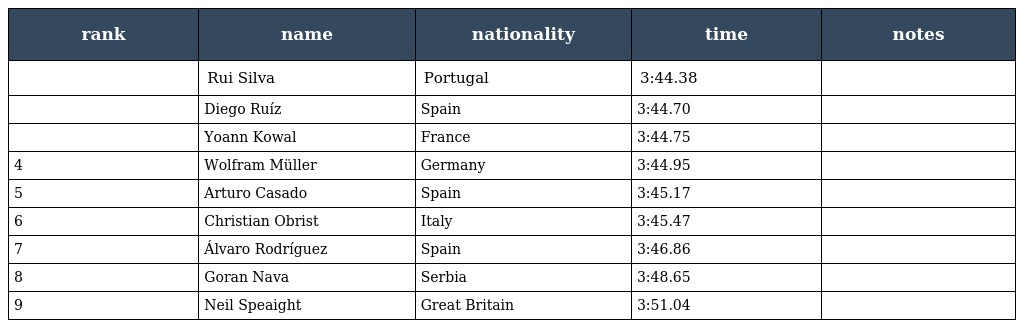
| rank | name | nationality | time | notes |
 | --- | --- | --- | --- | --- |
 |  | Rui Silva | Portugal | 3:44.38 |  |
 |  | Diego Ruíz | Spain | 3:44.70 |  |
 |  | Yoann Kowal | France | 3:44.75 |  |
 | 4 | Wolfram Müller | Germany | 3:44.95 |  |
 | 5 | Arturo Casado | Spain | 3:45.17 |  |
 | 6 | Christian Obrist | Italy | 3:45.47 |  |
 | 7 | Álvaro Rodríguez | Spain | 3:46.86 |  |
 | 8 | Goran Nava | Serbia | 3:48.65 |  |
 | 9 | Neil Speaight | Great Britain | 3:51.04 |  |